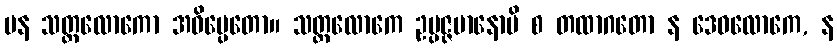
ပန သတ္တလောကော အဓိပ္ပေတော။ သတ္တလောကေ ဥပ္ပဇ္ဇမာနောပိ စ တထာဂတော န ဒေဝလောကေ, န